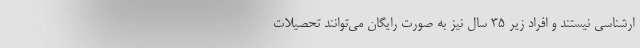
ارشناسی نیستند و افراد زیر 35 سال نیز به صورت رایگان می‌توانند تحصیلات